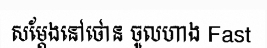
សម្តែងនៅថោន ចូលហាង Fast